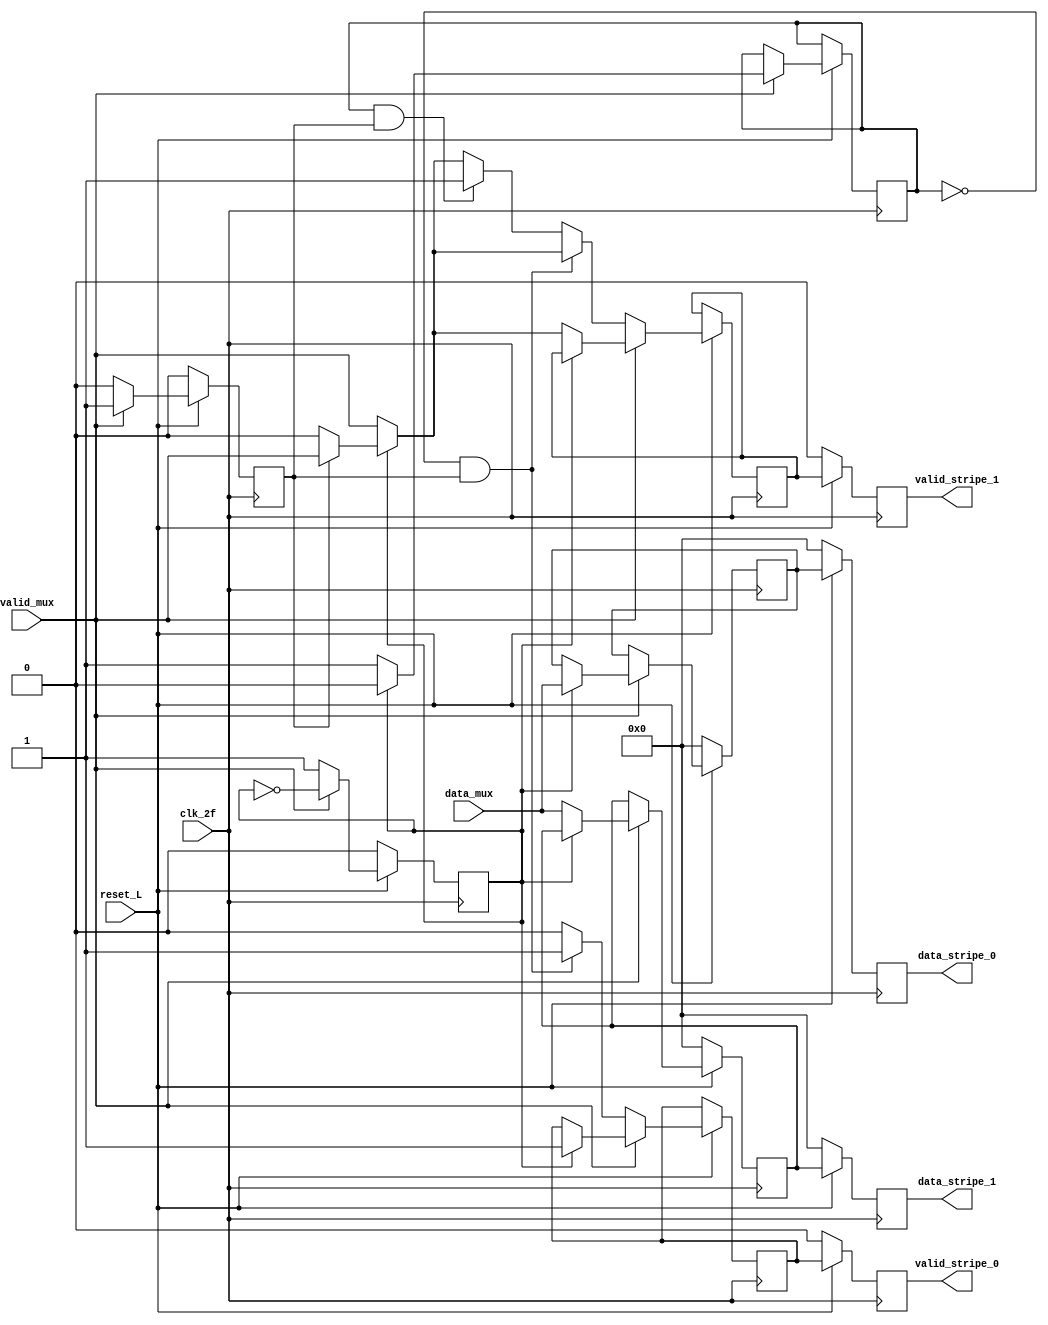
module bs(
    input [7:0]data_mux,
    input valid_mux,
    input reset_L,
    input clk_2f,
    output reg [7:0]data_stripe_0,
    output reg valid_stripe_0,
    output reg [7:0]data_stripe_1,
    output reg valid_stripe_1);

reg selector;
reg [7:0] l0,reg0;
reg [7:0] l1,reg1;
reg     flag,valid_0,valid_1,valid_reg_0,valid_reg_1,last;

always @(*)begin
    l0=0;
    l1=0;
    valid_0=0;
    valid_1=0;
    if(reset_L==0)begin
        l0='b0;
        l1='b0;
        valid_0=0;
        valid_1=0;
    end

    else begin
        if (selector==0) begin
            l1=data_mux;
            l0=reg0;
            valid_0=valid_mux;
            valid_1=valid_mux;
        end else begin
            l1=l1;
            l0=data_mux;
            valid_0=valid_mux;
            if (flag) begin
                valid_1=valid_mux;
            end
        end
    end
end

always @(posedge clk_2f)begin
    if(reset_L==0)begin
        selector<='b0;
        reg0<='b0;
        reg1<='b0;
        flag<=0;
        data_stripe_0 <= 0;
        data_stripe_1 <= 0;
        valid_stripe_0 <=0;
        valid_stripe_1 <=0;
    end
    
    else begin
        if (valid_mux==1)begin
            flag<=1;
            selector<=~selector;
            if (selector)begin
                reg0<=data_mux;
                valid_reg_0<=valid_0;            
                last=0;
            end
            else begin
                reg1<=data_mux;
                valid_reg_1<=valid_1;
                last=1;
            end
        end else begin
            flag<=0;
            selector<=1;
            if (~last && flag)begin
                valid_reg_0<=1;     
                valid_reg_1<=valid_1;
            end else if (last && flag)begin
                valid_reg_1<=1;      
                valid_reg_0<=valid_0;
            end else begin
                valid_reg_0<=valid_0;
                valid_reg_1<=valid_1;
            end
        end
        data_stripe_0 <= reg0;
        data_stripe_1 <= reg1;
        valid_stripe_0 <= valid_reg_0;
        valid_stripe_1 <= valid_reg_1;
    end
end

endmodule